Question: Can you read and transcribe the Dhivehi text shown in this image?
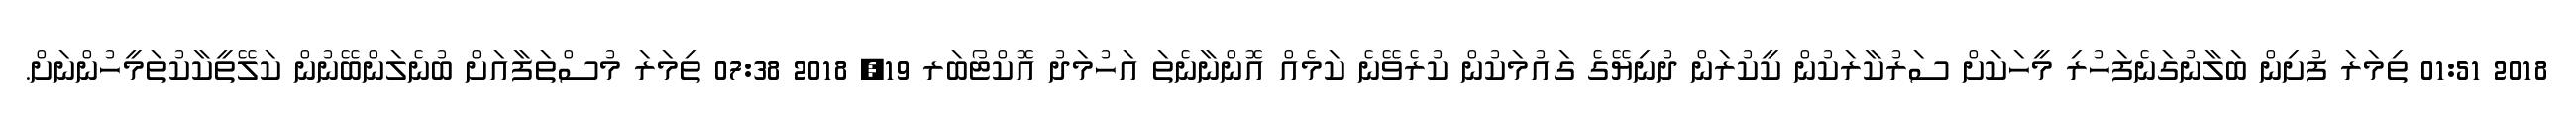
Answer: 2018 01:51 ތިމަރަ ފުށިން ބަލާނުގަނެފަހުރި މީހަކަށް ސަރުކާރަކުން ކީކުރަން ދުނިޔޭގެ ގައުމަކުން ކުރެވޭނެ ކަމެއް އޮންނާނެތަ އަހުމަދު އޮކްޓޯބަރ 19, 2018 07:38 ތިމަރަ މުސްތަފާއަށް ބުނެލަންބޭނުން ކަލޭތީކާކުތަމީހުންނަށް.